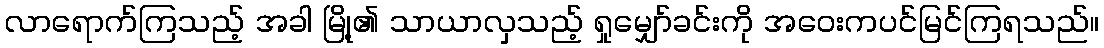
လာရောက်ကြသည့် အခါ မြို့၏ သာယာလှသည့် ရှုမျှော်ခင်းကို အဝေးကပင်မြင်ကြရသည်။